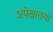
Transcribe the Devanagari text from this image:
अपेक्षातया